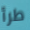
طرأ